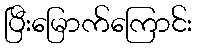
ပြီးမြောက်ကြောင်း